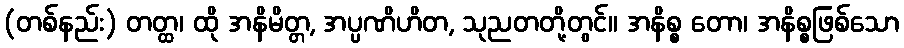
(တစ်နည်း) တတ္ထ၊ ထို အနိမိတ္တ, အပ္ပဏိဟိတ, သုညတတို့တွင်။ အနိစ္စ တော၊ အနိစ္စဖြစ်သော